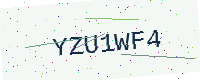
Text: YZU1WF4